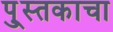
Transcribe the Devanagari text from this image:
पु्स्तकाचा